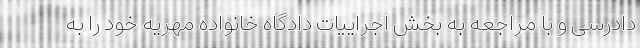
دادرسی و با مراجعه به بخش اجراییات دادگاه خانواده مهریه خود را به